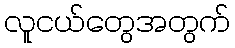
လူငယ်တွေအတွက်